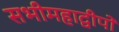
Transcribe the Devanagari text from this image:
सभीमहाद्वीपों